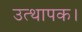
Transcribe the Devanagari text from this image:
उत्थापक।